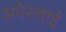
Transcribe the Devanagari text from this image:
अवेस्ताई